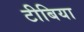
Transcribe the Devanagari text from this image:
टीबिया